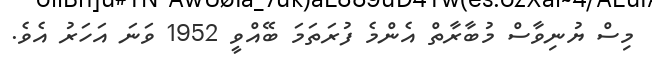
މިސް ޔުނިވާސް މުބާރާތް އެންމެ ފުރަތަމަ ބޭއްވީ 1952 ވަނަ އަހަރު އެވެ.